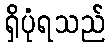
ရှိပုံရသည်